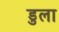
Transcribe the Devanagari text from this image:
डुला